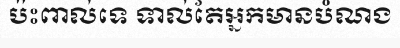
ប៉ះពាល់ទេ ទាល់តែអ្នកមានបំណង